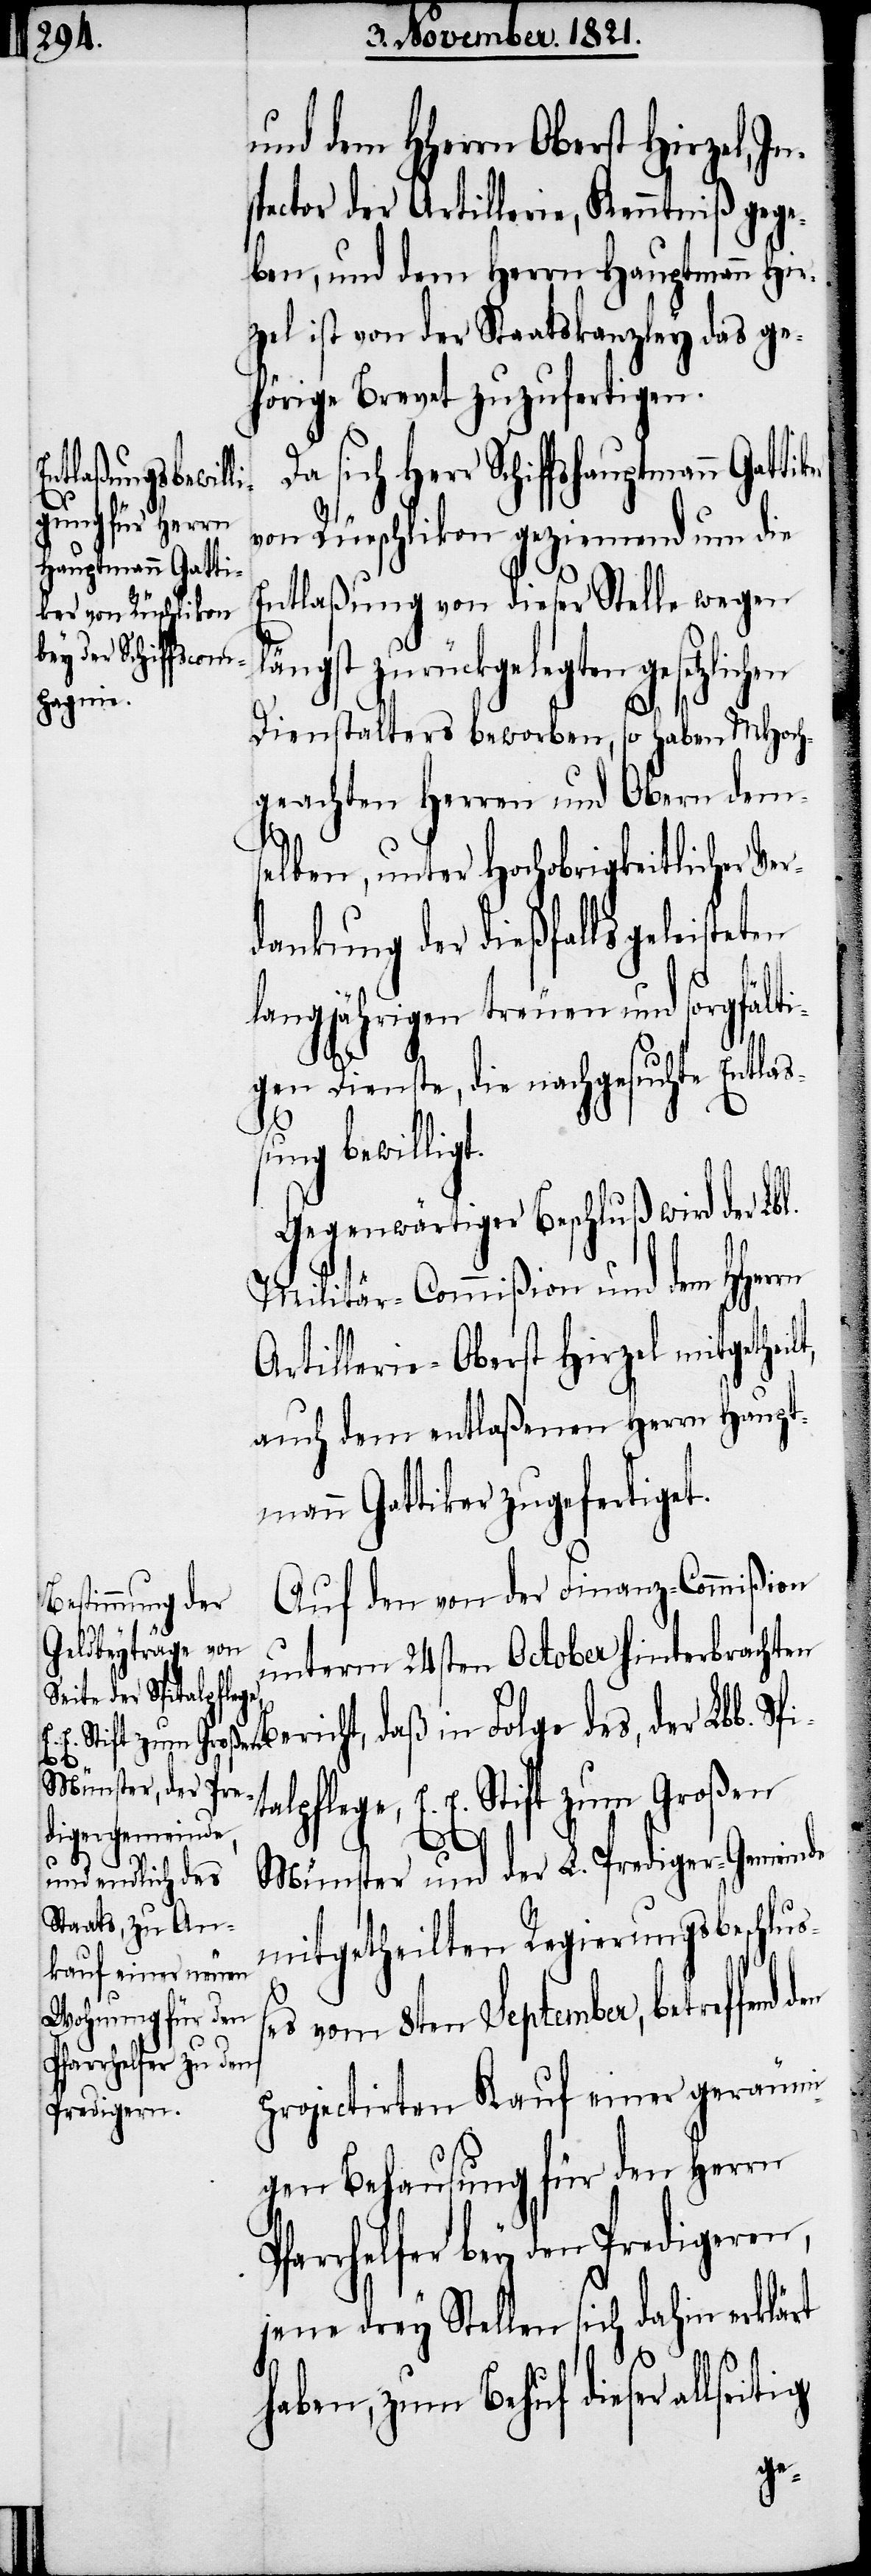
und dem HHerrn Oberst Hirzel,
pector der Artillerie, Kenntniß gege¬
ben, und dem Herrn Hauptmann Hir¬
zel ist von der Staatskanzley das ge¬
hörige Brevet zuzufertigen.
sich Herr
von Rüschlikon geziemend um die
shauptmann Gatti¬
Entlaßung von dieser Stelle wegen
ängst zurückgelegten
Dienstalters beworben, so haben MHoch¬
geachten Herren und Obern dem¬
selben, unter Hochobrigkeitlicher
dankung der dießfalls geleiste¬
langjährigen treuen und sorgfälti¬
t,
gen Dienste, die nachgesuchte Entlaß¬
ung bewilligt.
Gegenwärtiger Beschluß wird der Lb¬
Militär-Commißion und dem HHer¬
Artillerie-Oberst Hirzel mitgetheil¬
auch dem entlaßenen Herrn Haupt¬
mann Gattiker zugefertigt.
Auf den von der Finanz-Commißion
unterm 24sten October hinterbrachten
Bericht, daß in Folge des, der Lbl. Spi¬
talpflege, E. E. Stift zum Großen
den
Münster und der L. Prediger-Gemeinde
mitgetheilten Regierungsbeschlu¬
es vom 8ten September, betreffend
projectirten Kauf einer geräumi¬
gen Behausung für den Herrn
farrhelfer bey den Predigern,
jene drey Stellen sich dahin erklärt
haben, zum Behuf dieser allseitig
P¬